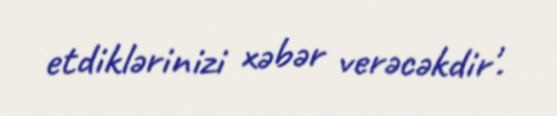
etdiklərinizi xəbər verəcəkdir'.